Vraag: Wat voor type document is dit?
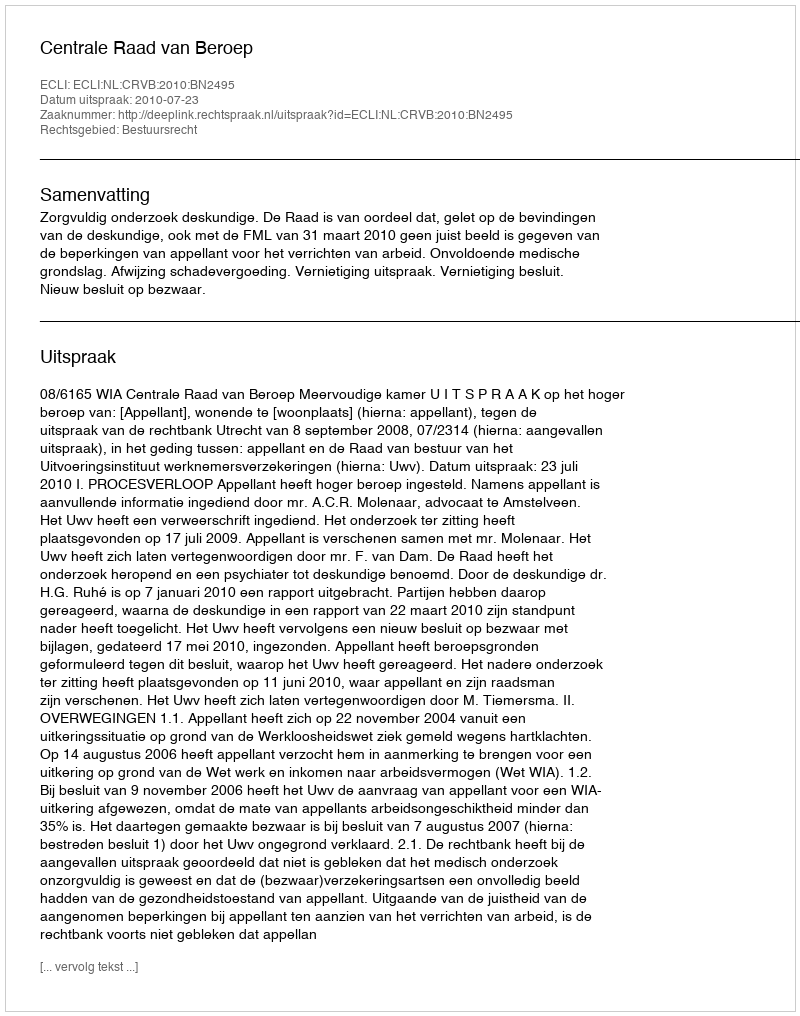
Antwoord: Uitspraak